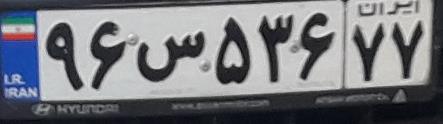
۹۶س۵۳۶۷۷